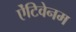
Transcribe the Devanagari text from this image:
ऐंटिवेनम